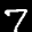
Label: 7